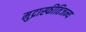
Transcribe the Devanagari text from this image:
मुद्रास्फीतिजन्य